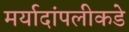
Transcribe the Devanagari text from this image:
मर्यादांपलीकडे